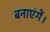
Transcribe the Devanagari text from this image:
बनाएंगें।